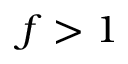
f > 1